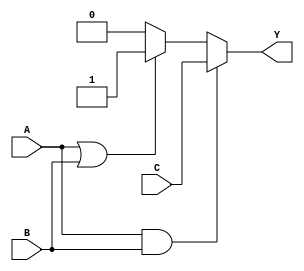
module combinational_logic (
    input wire A,          // Input signal A
    input wire B,          // Input signal B
    input wire C,          // Input signal C
    output reg Y          // Output signal Y
);

// Combinational logic block
always @(*) begin
    // Example logic implementation
    if (A && B) begin
        Y = C;            // If A and B are high, output C
    end else if (A || B) begin
        Y = 1'b1;        // If either A or B is high, output high
    end else begin
        Y = 1'b0;        // Otherwise, output low
    end
end

endmodule